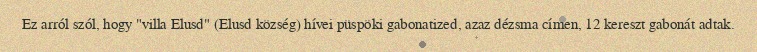
Ez arról szól, hogy "villa Elusd" (Elusd község) hívei püspöki gabonatized, azaz dézsma címen, 12 kereszt gabonát adtak.